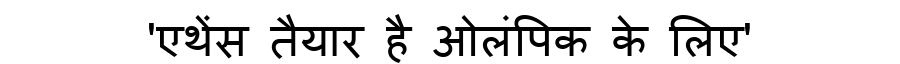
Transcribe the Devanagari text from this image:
'एथेंस तैयार है ओलंपिक के लिए'